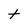
Character: t